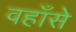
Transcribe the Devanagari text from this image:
वहाँसे